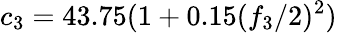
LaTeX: c_{3}=43.75(1+0.15({f_{3}}/{2})^{2})